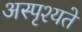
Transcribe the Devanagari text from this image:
अस्पृश्यते